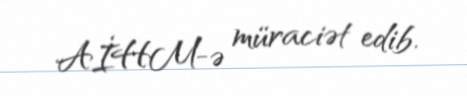
AİHM-ə müraciət edib.